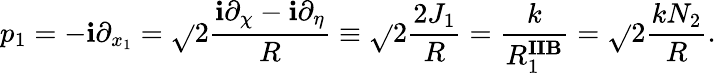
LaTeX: p_{1}=-\mathbf{i}\partial_{x_{1}}=\sqrt{}{{2}}\frac{{\mathbf{i}\partial_{\chi}-\mathbf{i}\partial_{\eta}}}{{R}}\equiv\sqrt{}{{2}}\frac{{2J_{1}}}{{R}}=\frac{{k}}{{R_{1}^{\mathbf{{IIB}}}}}=\sqrt{}{{2}}\frac{{kN_{2}}}{{R}}.